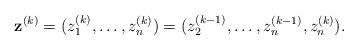
LaTeX: \begin{align*}\mathbf{z}^{(k)} =(z_1^{(k)},\ldots,z_n^{(k)})=(z_2^{(k-1)},\ldots,z_{n}^{(k-1)},z_n^{(k)}).\end{align*}